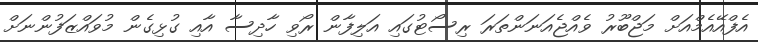
އެފްއޭއެމްއަށް މަޖްބޫރު ވެއްޖެއަނަންތަރަ ރިސޯޓުގައި އަލިފާން ރޯވި ހާދިސާ އާއި ގުޅިގެން މުވައްޒަފުންނަށް